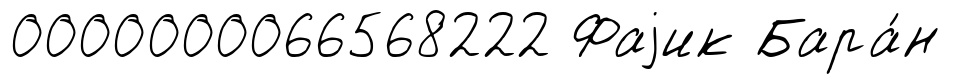
0000000066568222 Фаjик Бара́н